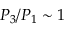
P _ { 3 } / P _ { 1 } \sim 1